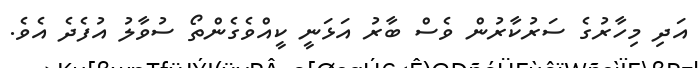
އަދި މިހާރުގެ ސަރުކާރުން ވެސް ބާރު އަޅަނީ ކީއްވެގެންތޯ ސުވާލު އުފެދެ އެވެ.